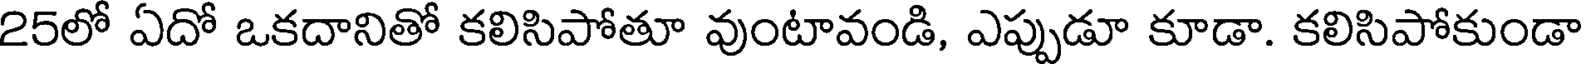
25లో ఏదో ఒకదానితో కలిసిపోతూ వుంటావండి, ఎప్పుడూ కూడా. కలిసిపోకుండా